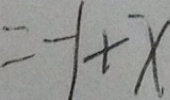
= - 1 + x